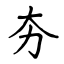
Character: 夯